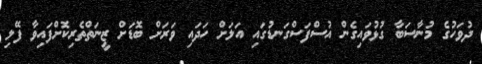
ދުވަހުގެ މުނާސަބާ ގުޅުވައިގެން އުސްފަސްގަނޑުގައި އަލަށް ހަދައި ވަރަށް ބޮޑަށް ޒީނަތްތެރިކޮށްފައިވާ ފޭލި